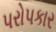
પરોપકાર